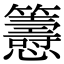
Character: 𢥰